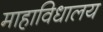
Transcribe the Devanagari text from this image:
माहाविधालय